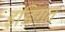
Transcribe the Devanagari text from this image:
इङिगत